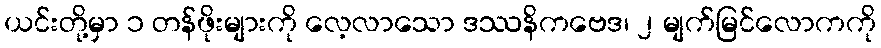
ယင်းတို့မှာ ၁ တန်ဖိုးများကို လေ့လာသော ဒဿနိကဗေဒ၊ ၂ မျက်မြင်လောကကို